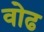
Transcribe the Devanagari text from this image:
वोढ